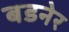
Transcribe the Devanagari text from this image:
बडनेर